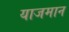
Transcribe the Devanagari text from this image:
याजमान